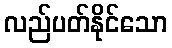
လည်ပတ်နိုင်သော